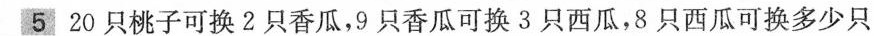
5 20只桃子可换2只香瓜，9只香瓜可换3只西瓜，8只西瓜可换多少只